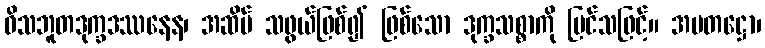
ဝိသဘူတဒုက္ခဒဿနေန၊ အဆိပ် သဖွယ်ဖြစ်၍ ဖြစ်သော ဒုက္ခသစ္စာကို မြင်သဖြင့်။ အမတဋ္ဌော၊